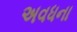
અવધના